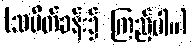
(သပိတ်ခန်း၌ ကြည့်ပါ။)